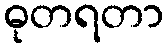
ဓုတရတာ